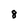
Character: 8